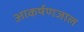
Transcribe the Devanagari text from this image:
आकर्षणजाल